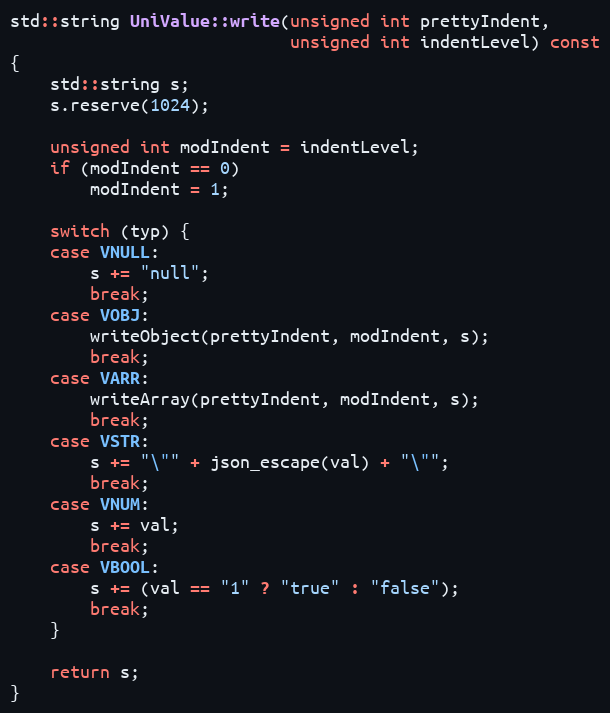
Language: C++
std::string UniValue::write(unsigned int prettyIndent,
                            unsigned int indentLevel) const
{
    std::string s;
    s.reserve(1024);

    unsigned int modIndent = indentLevel;
    if (modIndent == 0)
        modIndent = 1;

    switch (typ) {
    case VNULL:
        s += "null";
        break;
    case VOBJ:
        writeObject(prettyIndent, modIndent, s);
        break;
    case VARR:
        writeArray(prettyIndent, modIndent, s);
        break;
    case VSTR:
        s += "\"" + json_escape(val) + "\"";
        break;
    case VNUM:
        s += val;
        break;
    case VBOOL:
        s += (val == "1" ? "true" : "false");
        break;
    }

    return s;
}